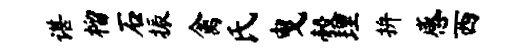
谌榴石振禽氏曳彀理拚感西